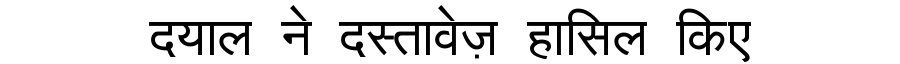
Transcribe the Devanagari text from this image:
दयाल ने दस्तावेज़ हासिल किए